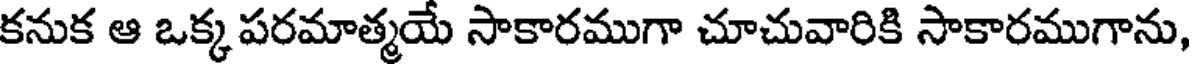
కనుక ఆ ఒక్క పరమాత్మయే సాకారముగా చూచువారికి సాకారముగాను,